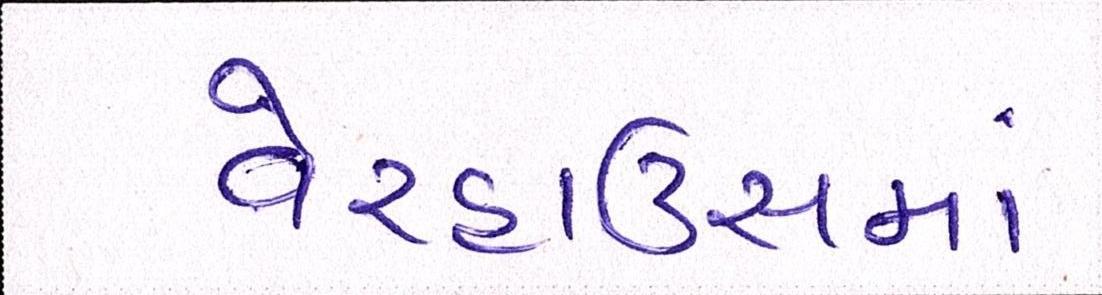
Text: વેરહાઉસમાં